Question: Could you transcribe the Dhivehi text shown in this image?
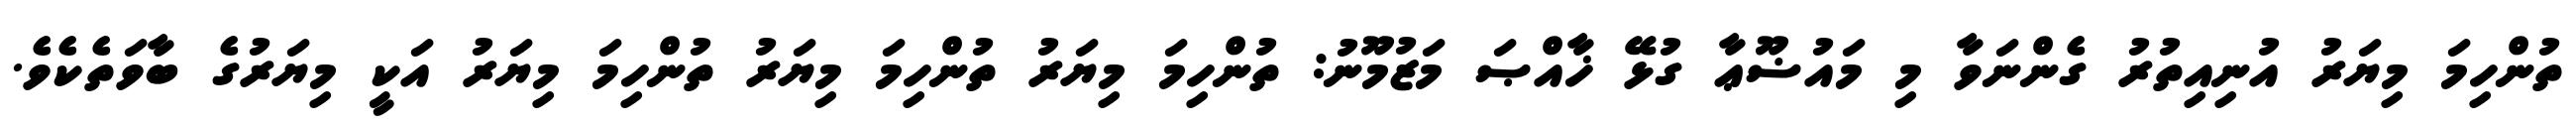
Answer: ތުންހިމަ މިޔަރު އުނިއިތުރު ގެންނަވާ މި މައުޟޫޢާ ގުޅޭ ޚާއްޞަ މަޒުމޫނު: ތުންހިމަ މިޔަރު ތުންހިމަ މިޔަރު ތުންހިމަ މިޔަރު އަކީ މިޔަރުގެ ބާވަތެކެވެ.